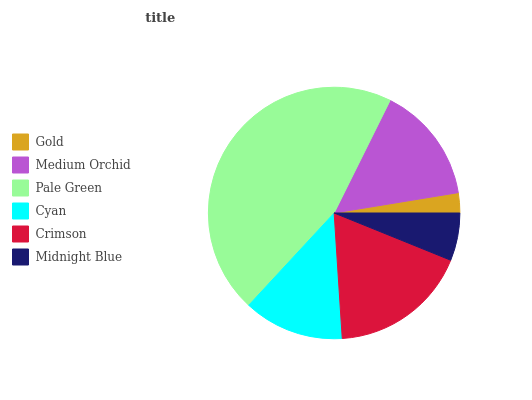
| Gold | Medium Orchid | Pale Green | Cyan | Crimson | Midnight Blue |
 | --- | --- | --- | --- | --- | --- |
 | 2.58% | 15.1% | 45.5% | 12.9% | 17.8% | 6.13% |